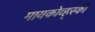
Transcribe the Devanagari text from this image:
मायकोव्ह्‌स्की